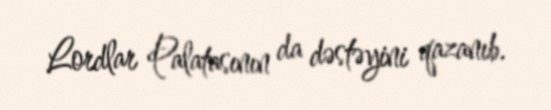
Lordlar Palatasının da dəstəyini qazanıb.